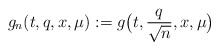
\begin{align*}g_n(t,q, x,\mu):= g\big(t, \frac{q}{\sqrt{n}}, x, \mu\big)\end{align*}